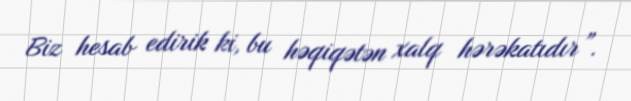
Biz hesab edirik ki, bu həqiqətən xalq hərəkatıdır”.